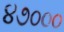
૪૭૦૦૦